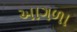
આગળા